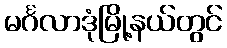
မင်္ဂလာဒုံမြို့နယ်တွင်